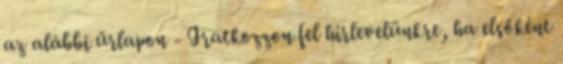
az alábbi űrlapon - Iratkozzon fel hírlevelünkre, ha elsőként